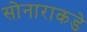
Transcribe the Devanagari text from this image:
सोनाराकडे